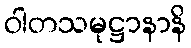
ဝါတသမုဋ္ဌာနာနိ